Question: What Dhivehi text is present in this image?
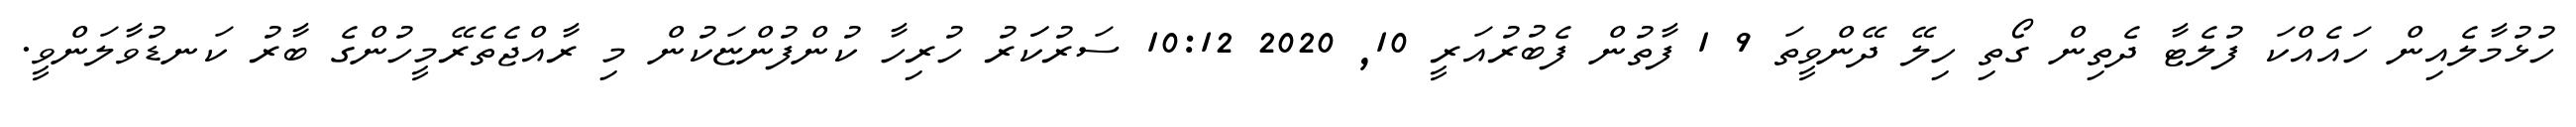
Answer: ހުޅުމާލެއިން ހައެއްކަ ފުލެޓާ ދެތިން ގޯތި ހިލޭ ދޭންވީތަ 9 1 ފާތުން ފެބުރުއަރީ 10, 2020 10:12 ސަރުކަަރު ހުރިހާ ކުންފުންޏަކުން މި ރާއްޖެތެރޭމީހުންގެ ބާރު ކަނޑުވާލަންވީ.